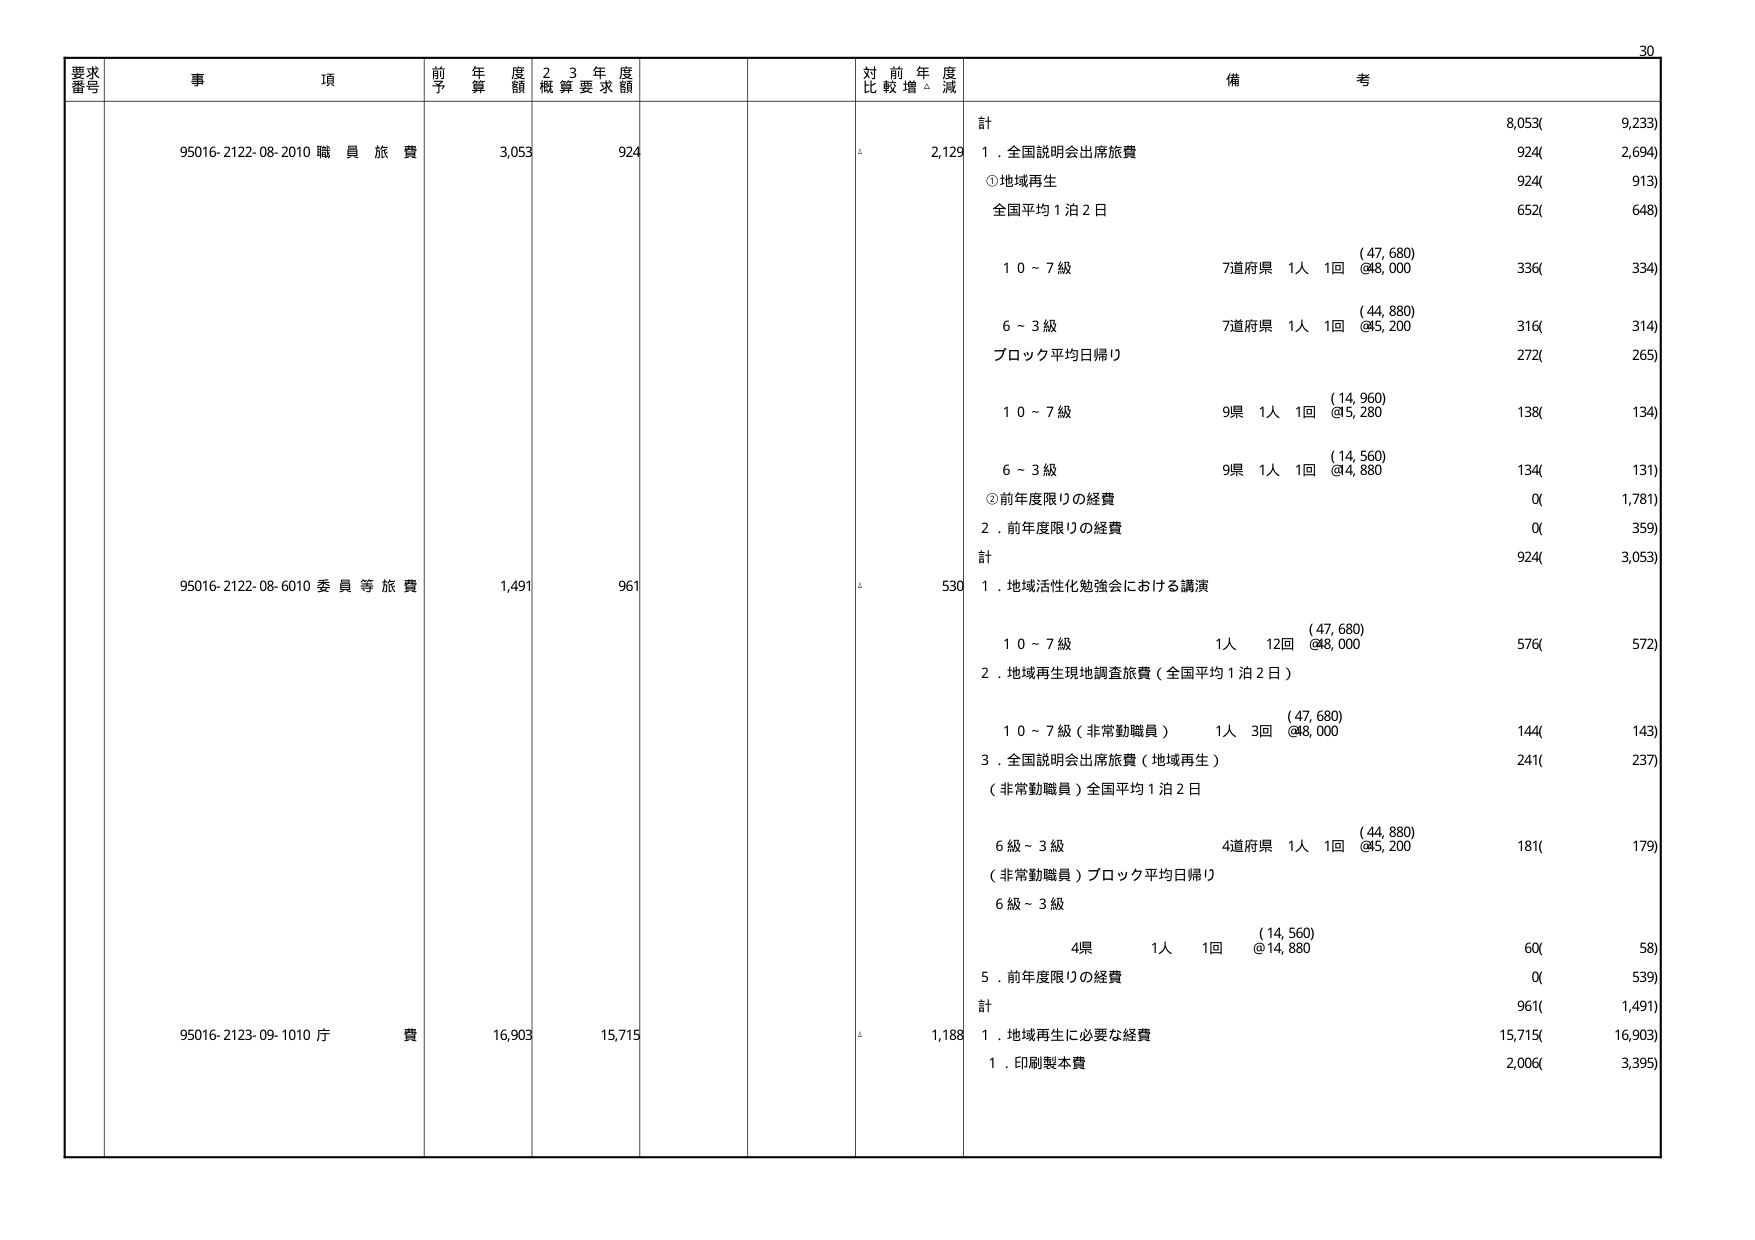
要求番号 事項 前年度予算額 2・3年度概算要求額 対前年度比較増減 備考
95016-2122-08-2010 職員旅費 3,053 924 2,129 計 8,053( 9,233)
1. 全国説明会出席旅費 924( 2,694)
①地域再生 924( 913)
全国平均1泊2日 652( 648)
(47,680)
10～7級 7道府県 1人 1回 @48,000 336( 334)
(44,880)
6～3級 7道府県 1人 1回 @45,200 316( 314)
ブロック平均日帰り 272( 265)
(14,960)
10～7級 9県 1人 1回 @15,280 138( 134)
(14,560)
6～3級 9県 1人 1回 @14,880 134( 131)
②前年度限りの経費 0( 1,781)
2. 前年度限りの経費 0( 359)
計 924( 3,053)
95016-2122-08-6010 委員等旅費 1,491 961 530 1. 地域活性化勉強会における講演
(47,680)
10～7級 1人 12回 @48,000 576( 572)
2. 地域再生現地調査旅費（全国平均1泊2日）
(47,680)
10～7級（非常勤職員） 1人 3回 @48,000 144( 143)
3. 全国説明会出席旅費（地域再生） 241( 237)
（非常勤職員）全国平均1泊2日
(44,880)
6級～3級 4道府県 1人 1回 @45,200 181( 179)
（非常勤職員）ブロック平均日帰り
6級～3級
(14,560)
4県 1人 1回 @14,880 60( 58)
5. 前年度限りの経費 0( 539)
計 961( 1,491)
95016-2123-09-1010 庁費 16,903 15,715 1,188 1. 地域再生に必要な経費 15,715( 16,903)
1. 印刷製本費 2,006( 3,395)